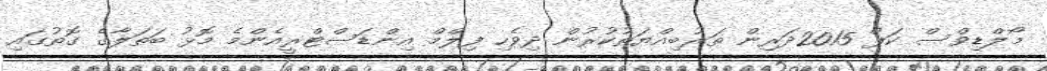
މޯލްޑިވްސް ކަޕް 2015ދަރިން ތަރުބިއްޔަތުކުރުން ދިވެހި ފިލްމް އިންޑަސްޓްރީއެންމެ މޮޅު ބަތަލާގެ ގޮތުގައި